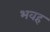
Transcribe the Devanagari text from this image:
भवह